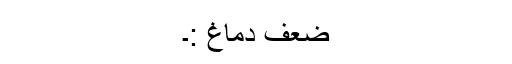
ضعف دماغ :۔